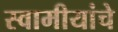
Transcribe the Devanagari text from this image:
स्वामीयांचे